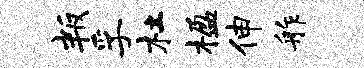
叛孚杜楹伸舴